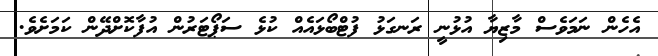
އެހެން ނަމަވެސް މާޒިޔާ އުޅުނީ ރަނގަޅު ފުޓްބޯޅައެއް ކުޅެ ސަޕޯޓަރުން އުފާކޮށްދޭން ކަމަށެވެ.